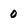
Character: 0